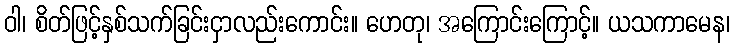
ဝါ၊ စိတ်ဖြင့်နှစ်သက်ခြင်းငှာလည်းကောင်း။ ဟေတု၊ အကြောင်းကြောင့်။ ယသကာမေန၊